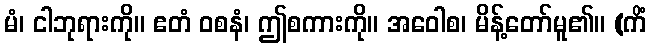
မံ၊ ငါဘုရားကို။ ဧတံ ဝစနံ၊ ဤစကားကို။ အဝေါစ၊ မိန့်တော်မူ၏။ (ကိံ